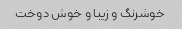
خوشرنگ و زیبا و خوش دوخت